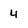
Character: 4